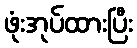
ဖုံးအုပ်ထားပြီး